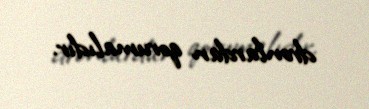
dronlardan qorumalıdır.